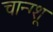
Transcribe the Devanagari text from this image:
चान्ग्शू